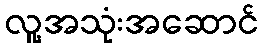
လူ့အသုံးအဆောင်